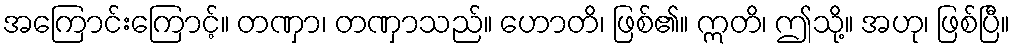
အကြောင်းကြောင့်။ တဏှာ၊ တဏှာသည်။ ဟောတိ၊ ဖြစ်၏။ ဣတိ၊ ဤသို့။ အဟု၊ ဖြစ်ပြီ။